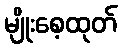
မျိုးစေ့ထုတ်